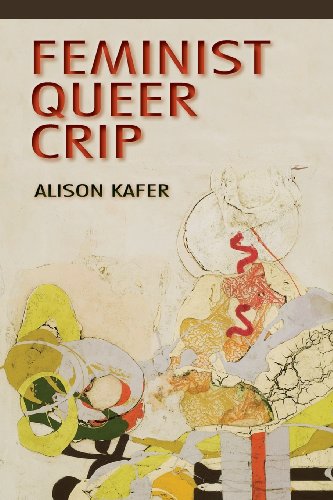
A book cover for Feminist, Queer, Crip; Alison Kafer; Gay & Lesbian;